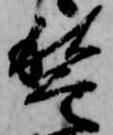
稽